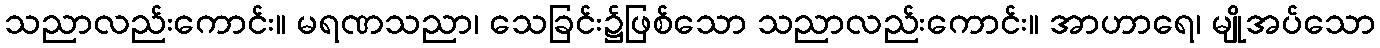
သညာလည်းကောင်း။ မရဏသညာ၊ သေခြင်း၌ဖြစ်သော သညာလည်းကောင်း။ အာဟာရေ၊ မျိုအပ်သော